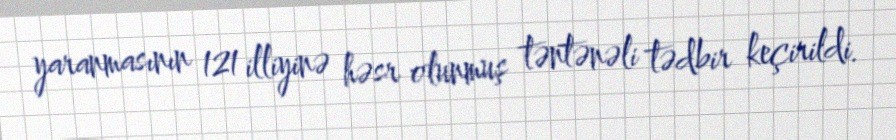
yaranmasının 121 illiyinə həsr olunmuş təntənəli tədbir keçirildi.